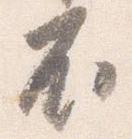
不